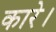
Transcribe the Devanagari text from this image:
कारे।